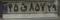
۴۵ق۸۵۷۲۹